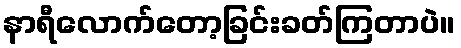
နာရီလောက်တော့ခြင်းခတ်ကြတာပဲ။